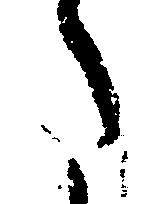
た